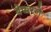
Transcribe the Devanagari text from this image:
बेकरने